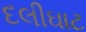
દલીઘાટ